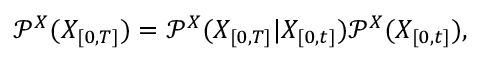
\mathcal { P } ^ { X } ( X _ { [ 0 , T ] } ) = \mathcal { P } ^ { X } ( X _ { [ 0 , T ] } \vert X _ { [ 0 , t ] } ) \mathcal { P } ^ { X } ( X _ { [ 0 , t ] } ) ,